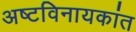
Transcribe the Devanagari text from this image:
अष्टविनायकांत